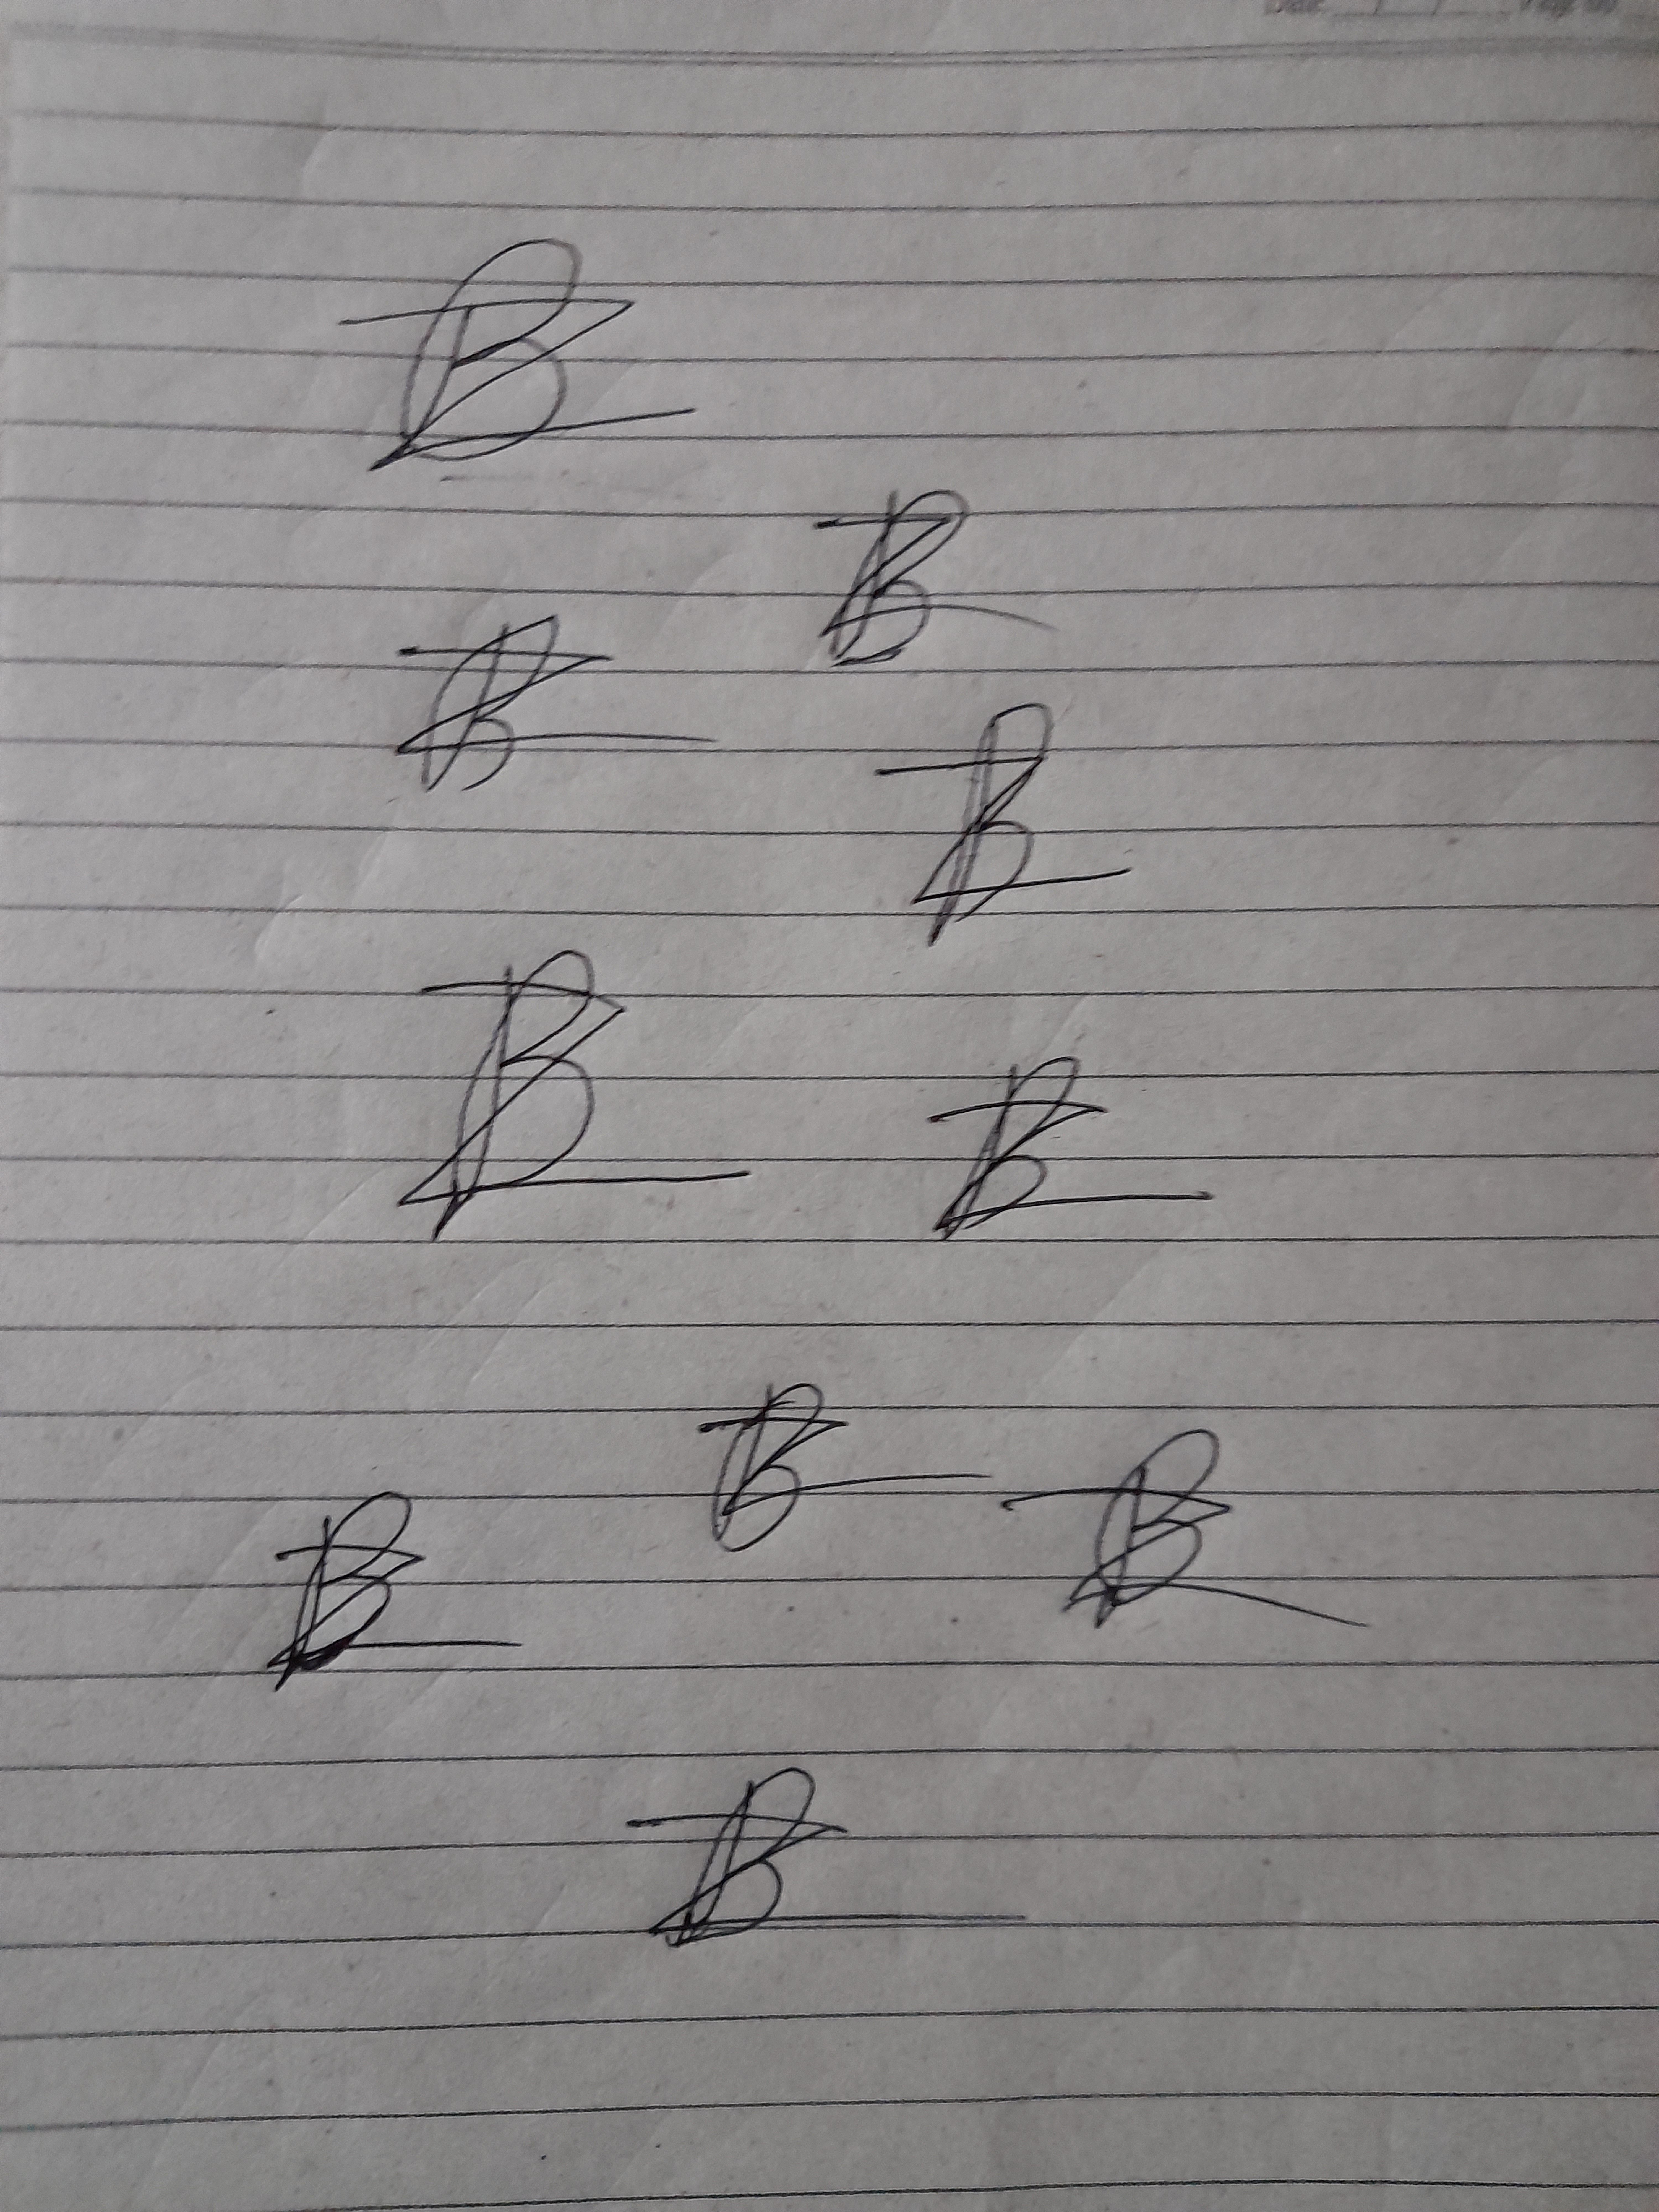
Signature authenticity: forged